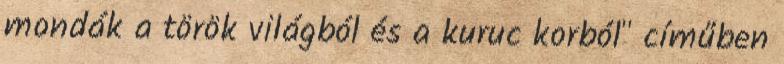
mondák a török világból és a kuruc korból" címűben